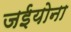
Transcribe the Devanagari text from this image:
जईयोना